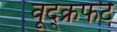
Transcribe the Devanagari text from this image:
वूद्क्रफट